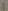
: